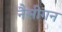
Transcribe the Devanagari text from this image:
नैसीगन